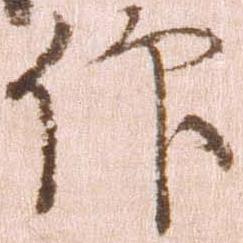
仰